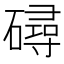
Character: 𥖇